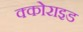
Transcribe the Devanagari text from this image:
क्कोराइड